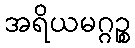
အရိယမဂ္ဂဉ္စ